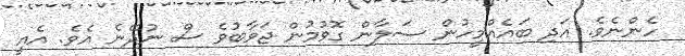
ހެންނެވެ. އަދި ބައެއްމީހުން ސަލާން ގޮވުމުން ޖަވާބުވެ ސް ނުދޭނެ އެވެ. އެއީ